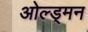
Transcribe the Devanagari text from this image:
ओल्ड्मन